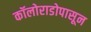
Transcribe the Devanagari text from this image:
कॉलोराडोपासून